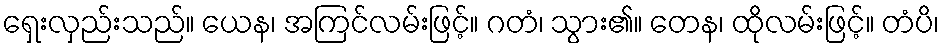
ရှေးလှည်းသည်။ ယေန၊ အကြင်လမ်းဖြင့်။ ဂတံ၊ သွား၏။ တေန၊ ထိုလမ်းဖြင့်။ တံပိ၊